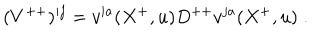
( { V } ^ { + + } ) ^ { i j } = v ^ { i a } ( X ^ { + } , u ) D ^ { + + } v ^ { j a } ( X ^ { + } , u ) \; .